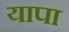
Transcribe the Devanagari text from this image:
यापा